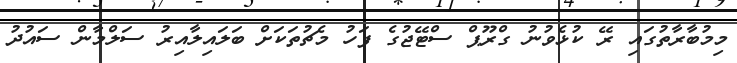
މިމުބާރާތުގައި ރޭ ކުޅެވުނު ގްރޫޕް ސްޓޭޖުގެ ފަހު މެޗުތަކަށް ބަލައިލާއިރު ސަލްމާން ސައުދު